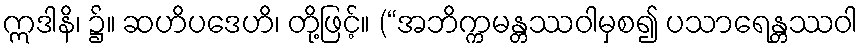
ဣဒါနိ၊ ၌။ ဆဟိပဒေဟိ၊ တို့ဖြင့်။ (“အဘိက္ကမန္တဿဝါမှစ၍ ပသာရေန္တဿဝါ